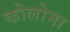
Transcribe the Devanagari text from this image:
कोलोना